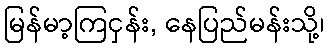
မြန်မာ့ကြငှန်း, နေပြည်မန်းသို့၊